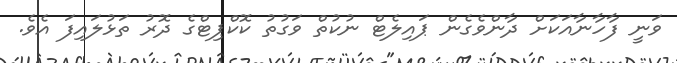
ވަނީ ފާހާނާއަކަށް ދާންވެގެން ޕައިލެޓް ނުކުތް ވަގުތު ކޮކްޕިޓްގެ ދޮރު ތަޅުލައިފަ އެވެ.